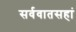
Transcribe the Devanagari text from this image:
सर्ववातसहां